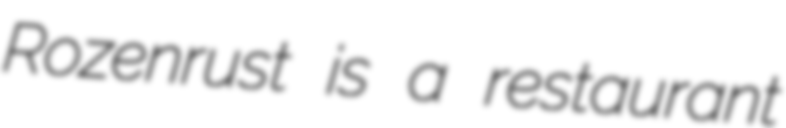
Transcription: Rozenrust is a restaurant